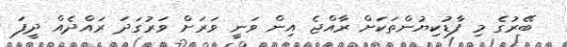
ބޭރުގެ މި ފާޑުކިޔުންތަކަަށް ރާއްޖެ އިން ވަނީ ވަރަށް ވަރުގަދަ ރައްދެއް ދީފަ